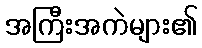
အကြီးအကဲများ၏